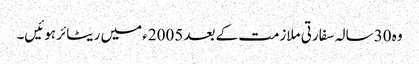
وہ 30 سالہ سفارتی ملازمت کے بعد 2005ء میں ریٹائر ہوئیں۔